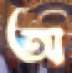
অ